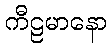
ကီဠမာနော